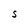
Character: S